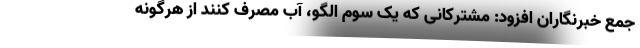
جمع خبرنگاران افزود: مشترکانی که یک سوم الگو، آب مصرف کنند از هرگونه